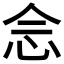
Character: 𫝹